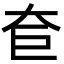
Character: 奆